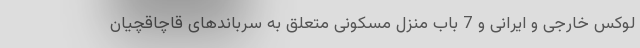
لوکس خارجی و ایرانی و 7 باب منزل مسکونی متعلق به سرباندهای قاچاقچیان